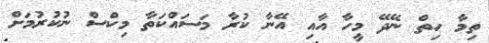
ތިމާ ހިތް ނޭދޭ މީހާ އާއި އޭނާ ކުރާ މަސައްކަތާ މިކްސް ނުކުރުމަށް